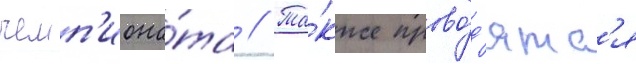
чемп'иона́та // Та́кже прово́д'ятс'я